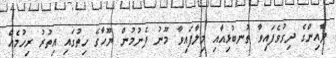
ދާއިންގެ ދިގުވެފައިވާ ތުނބުޅިއާއި މިލާފައިވާ މޫނު ފެނުމުން ޔޫހާގެ ހިތުގައި އިތުރު ރިހުމެއް